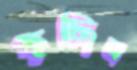
হছিল